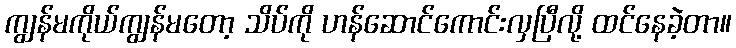
ကျွန်မကိုယ်ကျွန်မတော့ သိပ်ကို ဟန်ဆောင်ကောင်းလှပြီလို့ ထင်နေခဲ့တာ။